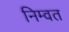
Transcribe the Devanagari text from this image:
निम्वत